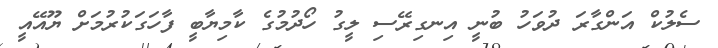
ސެލުކް އަންގާރަ ދުވަހު ބުނީ އިނގިރޭސި ލީގު ހޯދުމުގެ ކާމިޔާބީ ފާހަގަކުރުމަށް ޔޫއޭއީ